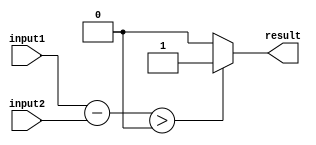
module greater_than_comparator (
    input [7:0] input1,
    input [7:0] input2,
    output reg result
);

reg [7:0] difference;

always @* begin
    difference = input1 - input2;
    if (difference > 0)
        result = 1;
    else
        result = 0;
end

endmodule